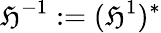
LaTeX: \mathfrak{H}^{-1}:=(\mathfrak{H}^{1})^{*}